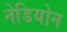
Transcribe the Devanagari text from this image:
नेडियोन